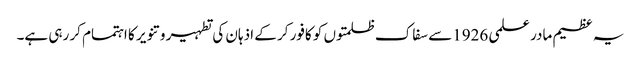
یہ عظیم مادر علمی 1926سے سفاک ظلمتوں کو کافور کر کے اذہان کی تطہیر و تنویر کا اہتمام کر رہی ہے۔